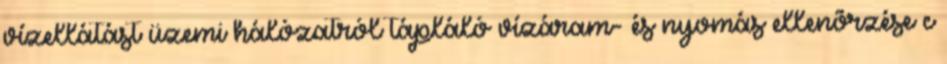
vízellátást üzemi hálózatról tápláló vízáram- és nyomás ellenõrzése c